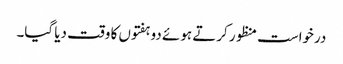
درخواست منظور کرتے ہوئے دو ہفتوں کا وقت دیا گیا۔